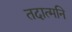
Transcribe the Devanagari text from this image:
तदात्मनि